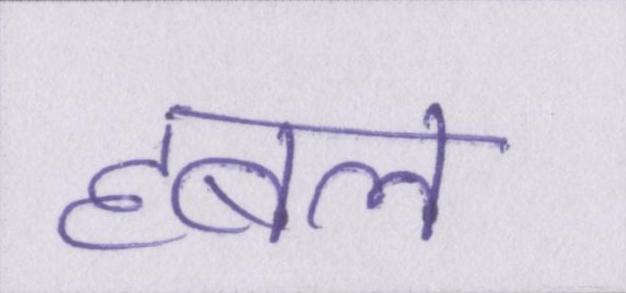
हबल